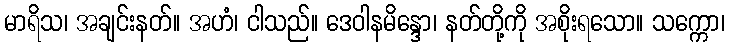
မာရိသ၊ အချင်းနတ်။ အဟံ၊ ငါသည်။ ဒေဝါနမိန္ဒော၊ နတ်တို့ကို အစိုးရသော။ သက္ကော၊